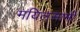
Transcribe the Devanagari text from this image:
मयिलसामी